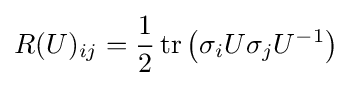
R(U)_{ij}={\frac {1}{2}}\operatorname {tr} \left(\sigma _{i}U\sigma _{j}U^{-1}\right)